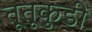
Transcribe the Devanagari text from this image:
तूतूकुडी